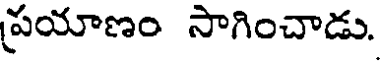
ప్రయాణం సాగించాడు.